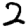
Digit: 2